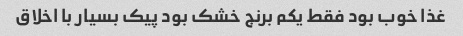
غذا خوب بود فقط یکم برنج خشک بود پیک بسیار با اخلاق